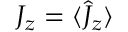
J _ { z } = \langle \hat { J } _ { z } \rangle